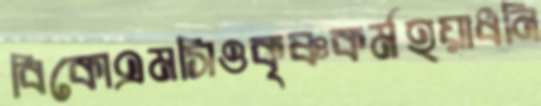
বিকোএমসিওকৃষ্ণকর্মহয়াধনি